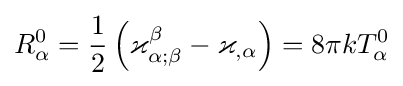
R_{\alpha }^{0}={\frac {1}{2}}\left(\varkappa _{\alpha ;\beta }^{\beta }-\varkappa _{,\alpha }\right)=8\pi kT_{\alpha }^{0}